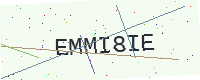
Text: EMMI8IE